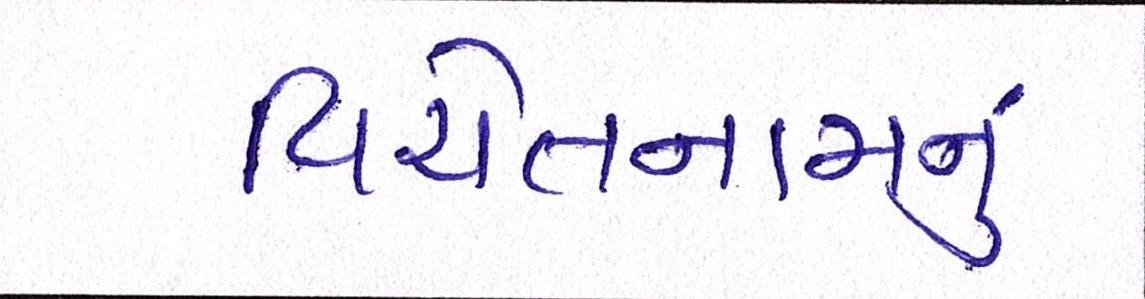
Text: વિયેતનામનું